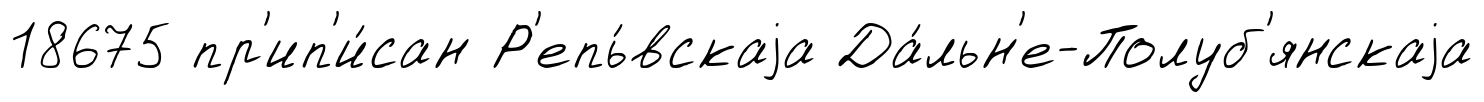
18675 пр'ип'и́сан Р'епь́вскаjа Да́льн'е-Полуб'янскаjа